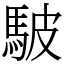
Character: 駊